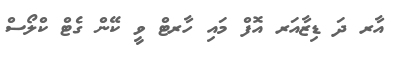
އާރ ދަ ޑިޒާއަރ އޮފް މައި ހާރޓް ވީ ކޭން ގެޓް ކްލޯސް